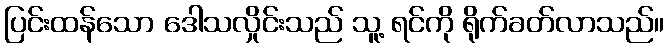
ပြင်းထန်သော ဒေါသလှိုင်းသည် သူ့ ရင်ကို ရိုက်ခတ်လာသည်။